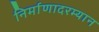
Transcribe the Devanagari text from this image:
निर्माणादरम्यान